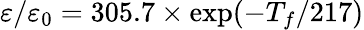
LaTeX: \varepsilon/\varepsilon_{0}=305.7\times\exp(-T_{f}/217)